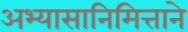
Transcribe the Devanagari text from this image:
अभ्यासानिमित्ताने